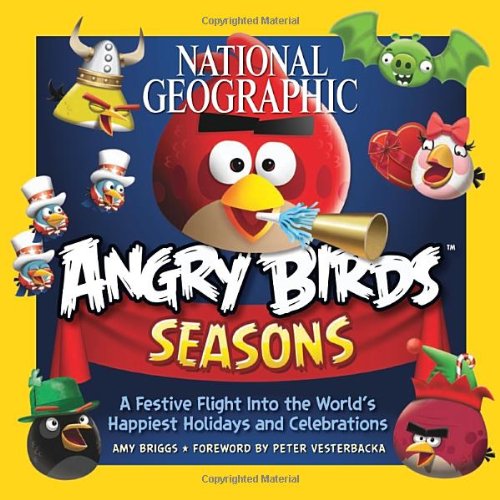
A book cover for National Geographic Angry Birds Seasons: A Festive Flight Into the World's Happiest Holidays and Celebrations; Amy Briggs; Politics & Social Sciences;